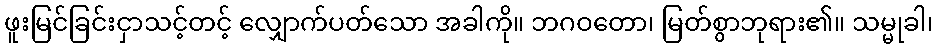
ဖူးမြင်ခြင်းငှာသင့်တင့် လျှောက်ပတ်သော အခါကို။ ဘဂဝတော၊ မြတ်စွာဘုရား၏။ သမ္မုခါ၊